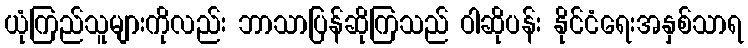
ယုံကြည်သူများကိုလည်း ဘာသာပြန်ဆိုကြသည် ဝါဆိုပန်း နိုင်ငံရေးအနှစ်သာရ